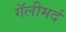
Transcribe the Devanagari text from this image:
गॅलीमर्द